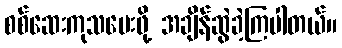
စစ်ဆေးကုသပေးဖို့ အချိန်ဆွဲခဲ့ကြပါတယ်။